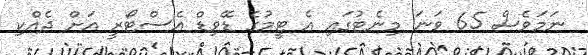
ނަމަވެސް 65 ވަނަ މިނެޓުގައި އެ ޓީމުގެ ޑޭވިޑް އެސްޓޯރީ އަށް ދެއްކި